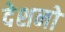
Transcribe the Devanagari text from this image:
देशनो